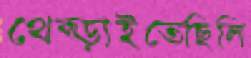
থেব্‌ড়াইতেছিলি